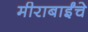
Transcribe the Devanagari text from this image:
मीराबाईंचे